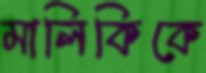
মালিকিকে